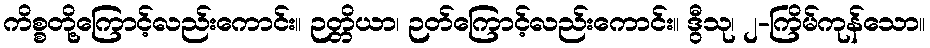
ကိစ္စတို့ကြောင့်လည်းကောင်း။ ဉတ္တိယာ၊ ဉတ်ကြောင့်လည်းကောင်း။ ဒွီသု၊ ၂-ကြိမ်ကုန်သော။